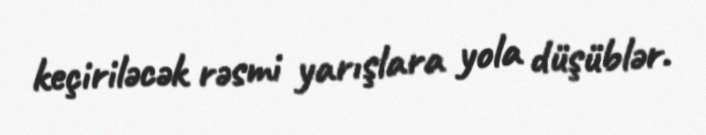
keçiriləcək rəsmi yarışlara yola düşüblər.